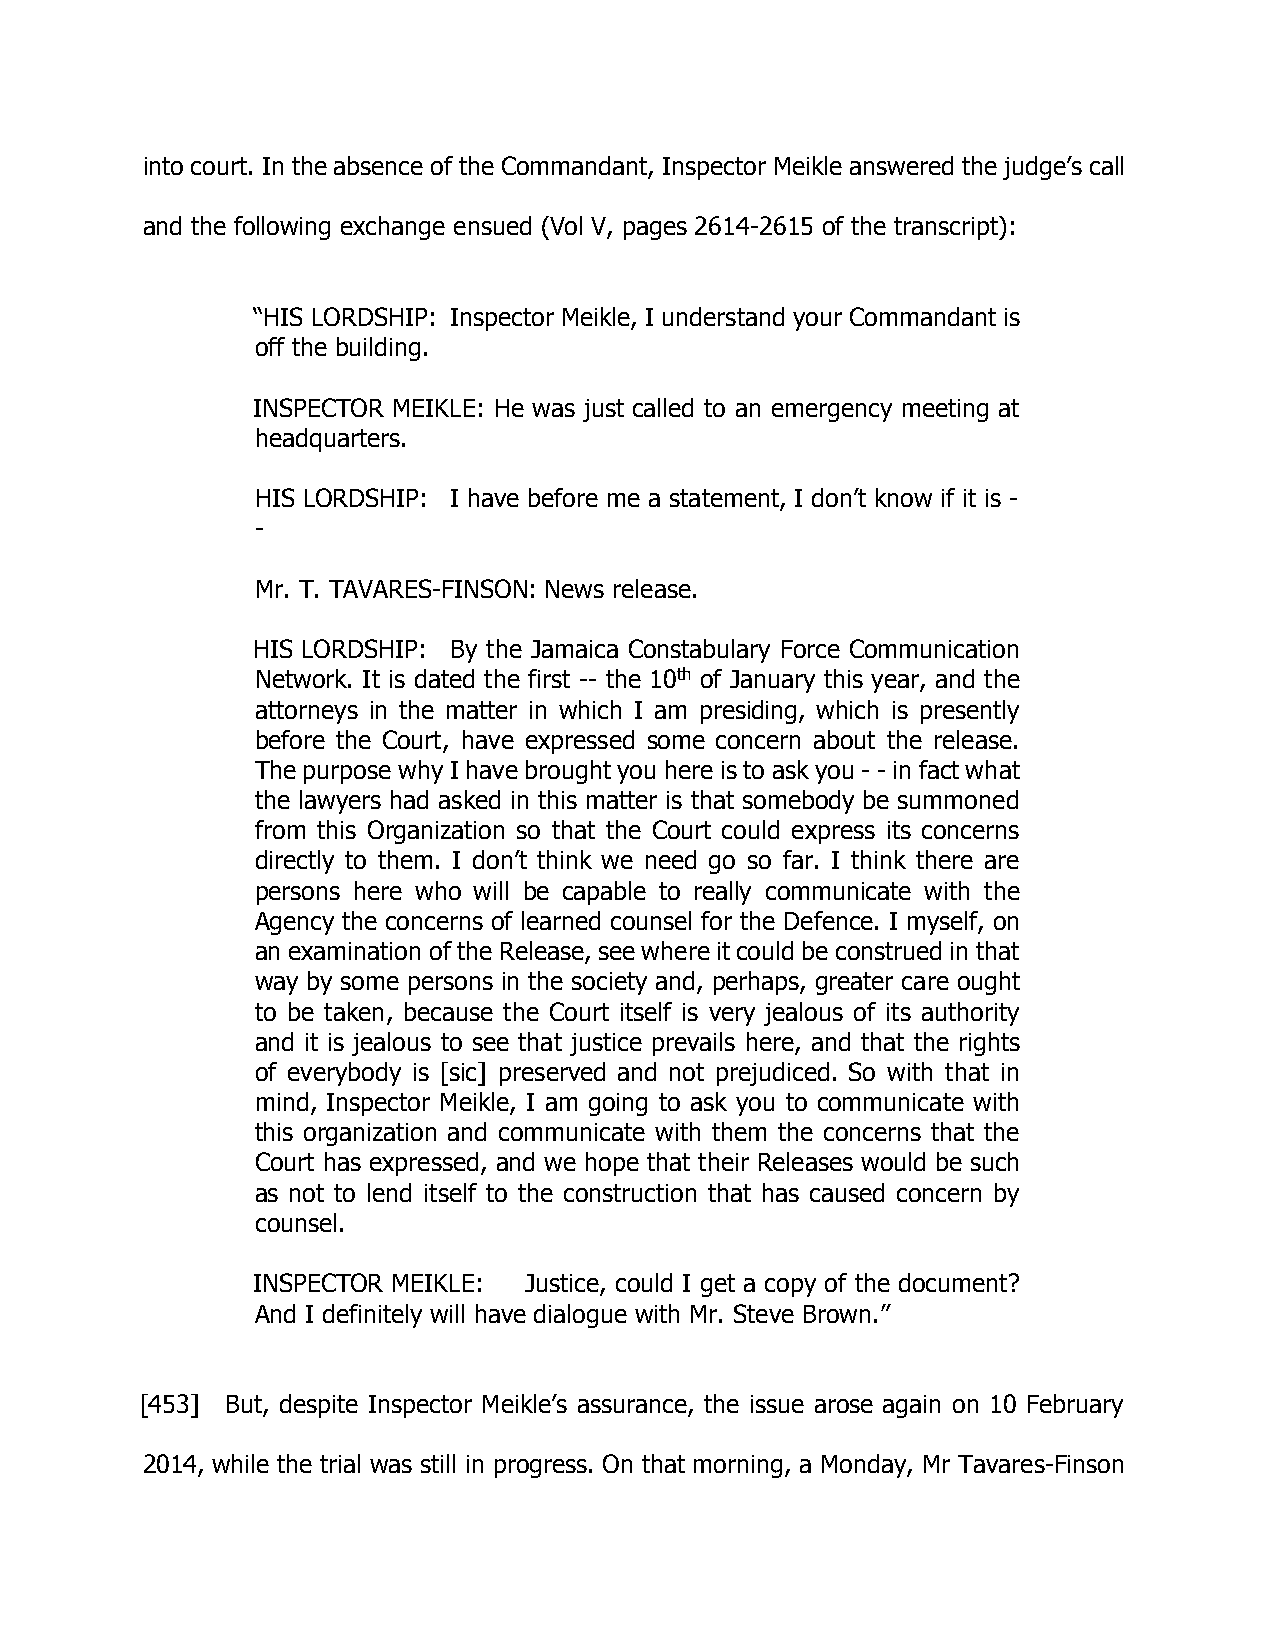
into court. In the absence of the Commandant, Inspector Meikle answered the judge’s call
 and the following exchange ensued (Vol V, pages 2614-2615 of the transcript):
 “HIS LORDSHIP: Inspector Meikle, I understand your Commandant is
 off the building.
 INSPECTOR MEIKLE: He was just called to an emergency meeting at
 headquarters.
 HIS LORDSHIP: I have before me a statement, I don’t know if it is -
 -
 Mr. T. TAVARES-FINSON: News release.
 HIS LORDSHIP: By the Jamaica Constabulary Force Communication
 Network. It is dated the first -- the 10th of January this year, and the
 attorneys in the matter in which I am presiding, which is presently
 before the Court, have expressed some concern about the release.
 The purpose why I have brought you here is to ask you - - in fact what
 the lawyers had asked in this matter is that somebody be summoned
 from this Organization so that the Court could express its concerns
 directly to them. I don’t think we need go so far. I think there are
 persons here who will be capable to really communicate with the
 Agency the concerns of learned counsel for the Defence. I myself, on
 an examination of the Release, see where it could be construed in that
 way by some persons in the society and, perhaps, greater care ought
 to be taken, because the Court itself is very jealous of its authority
 and it is jealous to see that justice prevails here, and that the rights
 of everybody is [sic] preserved and not prejudiced. So with that in
 mind, Inspector Meikle, I am going to ask you to communicate with
 this organization and communicate with them the concerns that the
 Court has expressed, and we hope that their Releases would be such
 as not to lend itself to the construction that has caused concern by
 counsel.
 INSPECTOR MEIKLE: Justice, could I get a copy of the document?
 And I definitely will have dialogue with Mr. Steve Brown.”
 [453] But, despite Inspector Meikle’s assurance, the issue arose again on 10 February
 2014, while the trial was still in progress. On that morning, a Monday, Mr Tavares-Finson